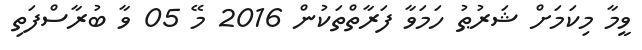
ވީމާ މިކަމަށް ޝަރުޠު ހަމަވާ ފަރާތްތަކުން 2016 މޭ 05 ވާ ބުރާސްފަތި